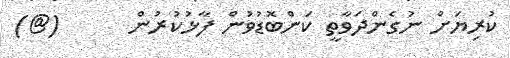
ކުރިޔަށް ނުގެންދަވާތީ ކަންބޮޑުވުން ފާޅުކުރުން      (@)